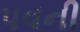
પવની